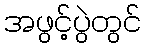
အဖွင့်ပွဲတွင်